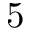
5